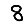
Digit: 8